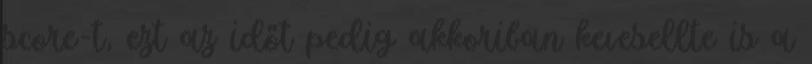
score-t, ezt az időt pedig akkoriban kevesellte is a